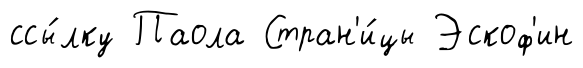
ссы́лку Паола Стран'и́цы Эскоф'ин